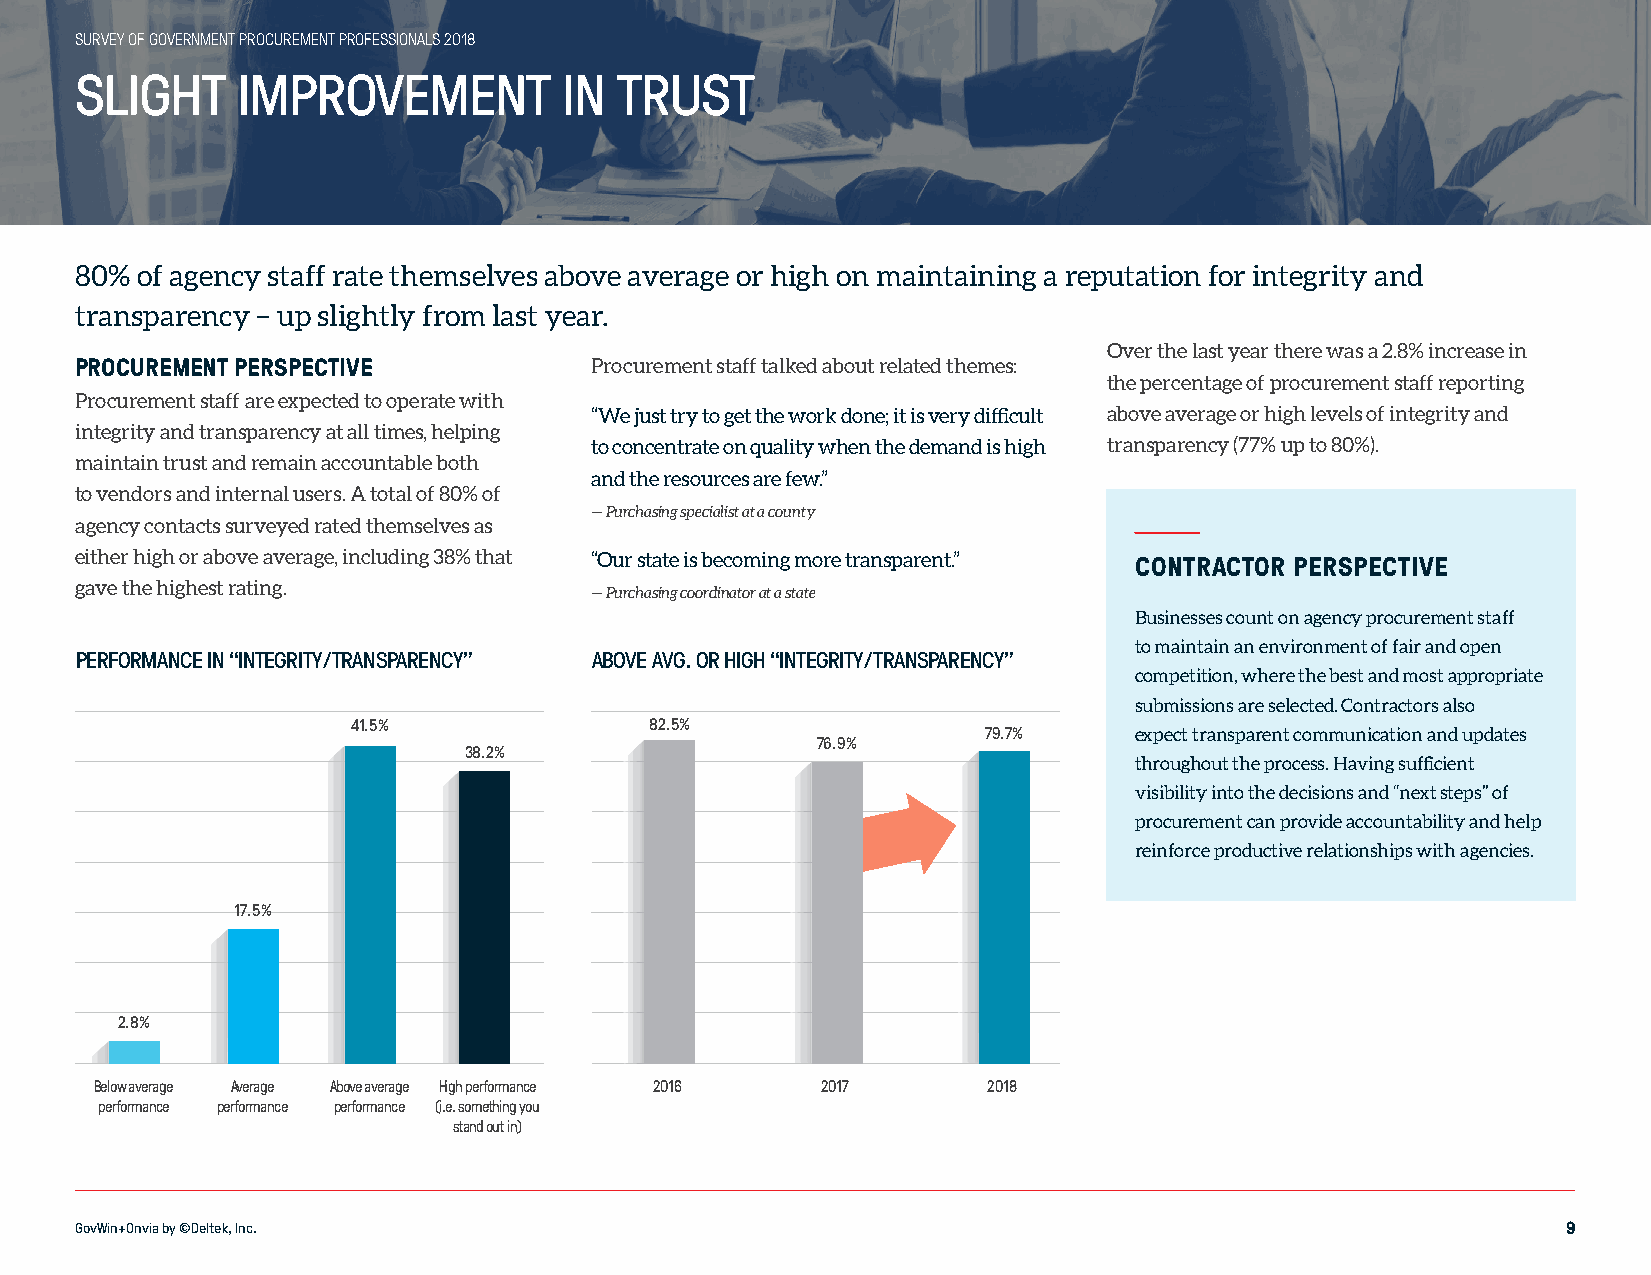
SURVEY OF GOVERNMENT PROCUREMENT PROFESSIONALS 2018
 SLIGHT     IMPROVEMENT          IN  TRUST
 80% of agency staff rate themselves above average or high on maintaining a reputation for integrity and
 transparency – up slightly from last year.
 Over the last year there was a 2.8% increase in
 PROCUREMENT PERSPECTIVE           Procurement staff talked about related themes:
 the percentage of procurement staff reporting
 Procurement staff are expected to operate with
 “We just try to get the work done; it is very difficult above average or high levels of integrity and
 integrity and transparency at all times, helping
 to concentrate on quality when the demand is high transparency (77% up to 80%).
 maintain trust and remain accountable both
 and the resources are few.”
 to vendors and internal users. A total of 80% of
 — Purchasing specialist at a county
 agency contacts surveyed rated themselves as
 either high or above average, including 38% that “Our state is becoming more transparent.” CONTRACTOR PERSPECTIVE
 gave the highest rating.          — Purchasing coordinator at a state
 Businesses count on agency procurement staff
 to maintain an environment of fair and open
 PERFORMANCE IN “INTEGRITY/TRANSPARENCY” ABOVE AVG. OR HIGH “INTEGRITY/TRANSPARENCY”
 competition, where the best and most appropriate
 submissions are selected. Contractors also
 41.5%               82.5%
 79.7%     expect transparent communication and updates
 76.9%
 38.2%
 throughout the process. Having sufficient
 visibility into the decisions and “next steps” of
 procurement can provide accountability and help
 reinforce productive relationships with agencies.
 17.5%
 2.8%
 Below average Average Above average High performance 2016 2017 2018
 performance performance performance (i.e. something you
 stand out in)
 GovWin+Onvia by ©Deltek, Inc.                                                                      9